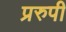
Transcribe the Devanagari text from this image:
प्ररुपी